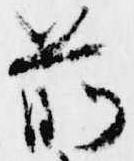
前